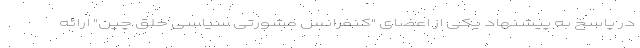
در پاسخ به پیشنهاد یکی از اعضای "کنفرانس مشورتی سیاسی خلق چین" ارائه